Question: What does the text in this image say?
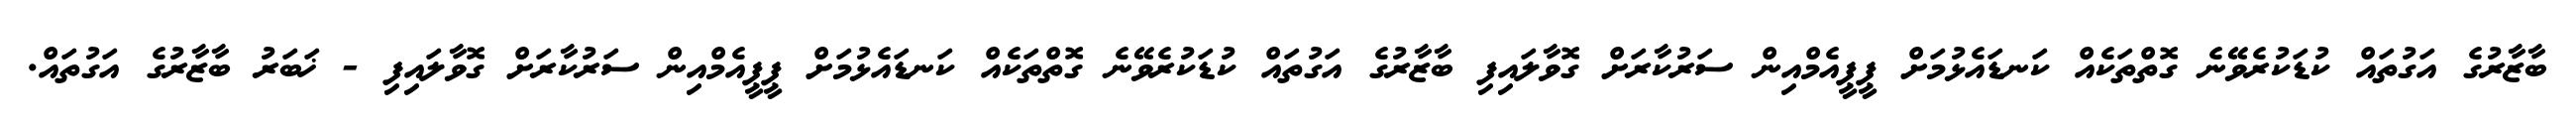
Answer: ބާޒާރުގެ އަގުތައް ކުޑަކުރެވޭނެ ގޮތްތަކެއް ކަނޑައެޅުމަށް ޕީޕީއެމްއިން ސަރުކާރަށް ގޮވާލައިފި ބާޒާރުގެ އަގުތައް ކުޑަކުރެވޭނެ ގޮތްތަކެއް ކަނޑައެޅުމަށް ޕީޕީއެމްއިން ސަރުކާރަށް ގޮވާލައިފި - ޚަބަރު ބާޒާރުގެ އަގުތައް.